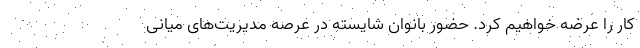
کار را عرضه خواهیم کرد. حضور بانوان شایسته در عرصه مدیریت‌های میانی